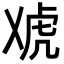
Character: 䖊